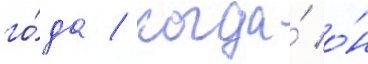
го́да / когда́ о́н